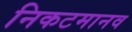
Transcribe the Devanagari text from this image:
निकटमानव